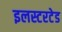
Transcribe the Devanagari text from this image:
इलस्टरटेड